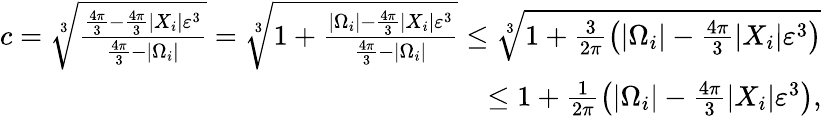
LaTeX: \begin{array}{r}{c=\sqrt[3]{\frac{\frac{4\pi}{3}-\frac{4\pi}{3}|X_{i}|\varepsilon^{3}}{\frac{4\pi}{3}-|\Omega_{i}|}}=\sqrt[3]{1+\frac{|\Omega_{i}|-\frac{4\pi}{3}|X_{i}|\varepsilon^{3}}{\frac{4\pi}{3}-|\Omega_{i}|}}\leq\sqrt[3]{1+\frac{3}{2\pi}\left(|\Omega_{i}|-\frac{4\pi}{3}|X_{i}|\varepsilon^{3}\right)}}\\ {\leq 1+\frac{1}{2\pi}\left(|\Omega_{i}|-\frac{4\pi}{3}|X_{i}|\varepsilon^{3}\right),}\end{array}